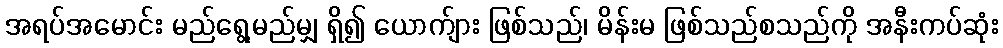
အရပ်အမောင်း မည်ရွေ့မည်မျှ ရှိ၍ ယောက်ျား ဖြစ်သည်၊ မိန်းမ ဖြစ်သည်စသည်ကို အနီးကပ်ဆုံး